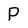
Character: P